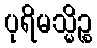
ပုရိမသ္မိဉ္စ